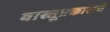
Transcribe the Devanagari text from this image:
वास्तूप्रकाराचे